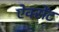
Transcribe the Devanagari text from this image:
ऐक्सेंट